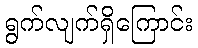
ရွက်လျက်ရှိကြောင်း